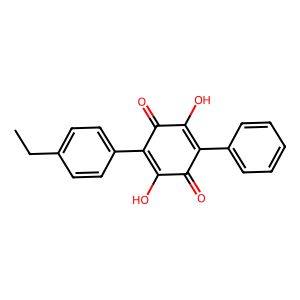
SMILES: CCc1ccc(C2=C(O)C(=O)C(c3ccccc3)=C(O)C2=O)cc1
Inhibits HIV replication: No